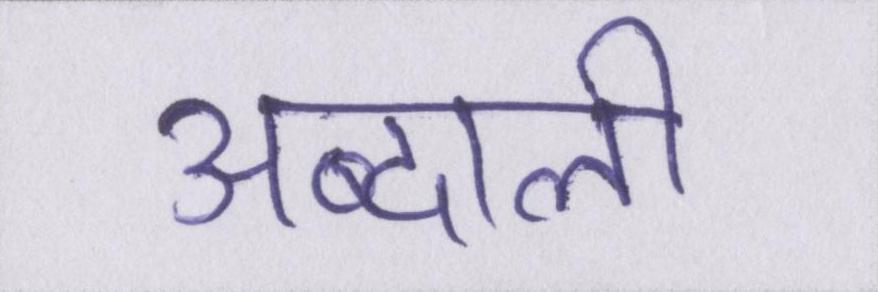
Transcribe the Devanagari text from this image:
अब्दाली